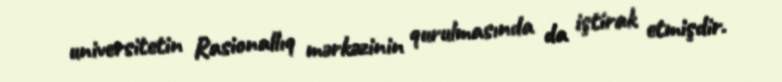
universitetin Rasionallıq mərkəzinin qurulmasında da iştirak etmişdir.